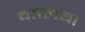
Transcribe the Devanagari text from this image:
बतलया